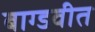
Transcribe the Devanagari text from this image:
बाग्डवीत